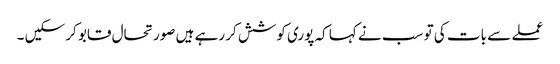
عملے سے بات کی تو سب نے کہا کہ پوری کوشش کر رہے ہیں صورتحال قابو کر سکیں ۔